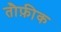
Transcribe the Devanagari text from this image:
तौफ़ीक